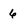
Character: 6